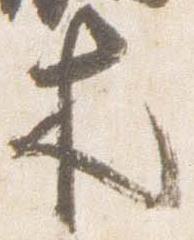
木